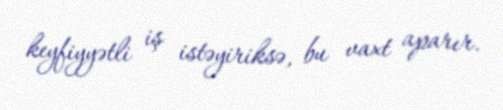
keyfiyyətli iş istəyiriksə, bu vaxt aparır.